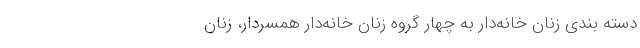
دسته بندی زنان خانه‌دار به چهار گروه زنان خانه‌دار همسردار، زنان